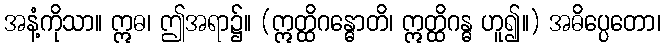
အနံ့ကိုသာ။ ဣဓ၊ ဤအရာ၌။ (ဣတ္ထိဂန္ဓောတိ၊ ဣတ္ထိဂန္ဓ ဟူ၍။) အဓိပ္ပေတော၊